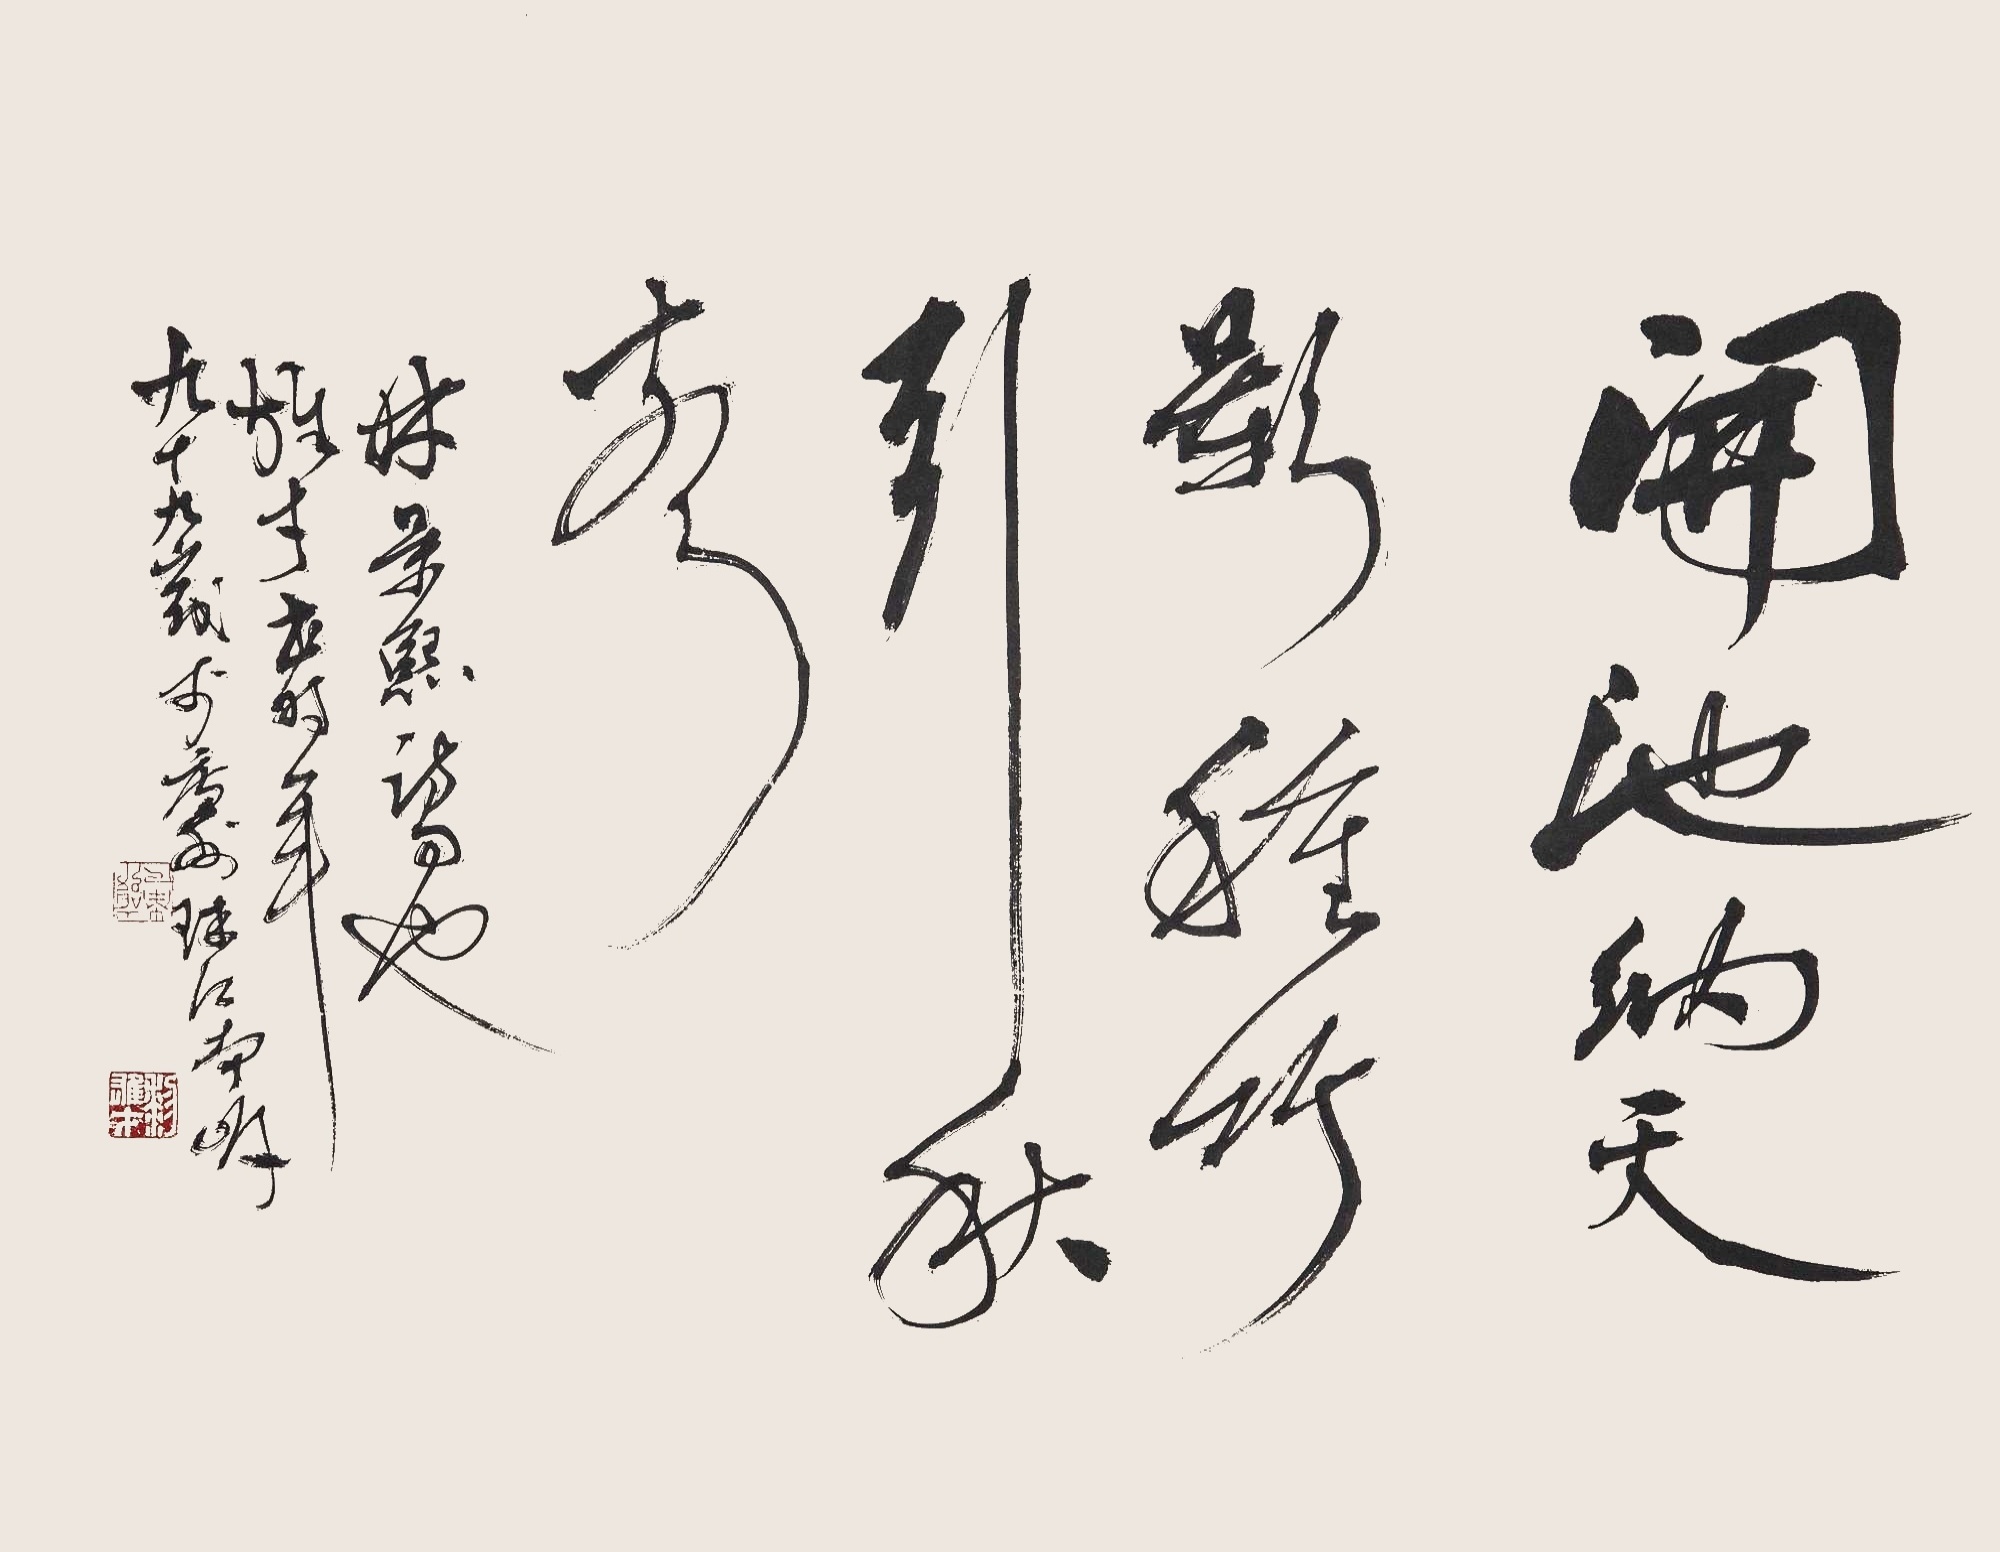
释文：开池纳天影，种竹引秋声。林景熙诗句也，雄才书，时年九十九岁于广州珠江南岸。